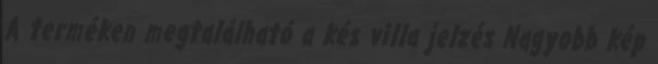
A terméken megtalálható a kés villa jelzés Nagyobb kép